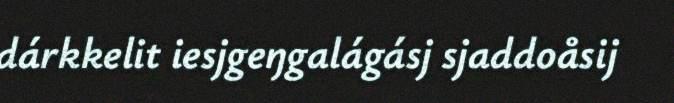
dárkkelit iesjgeŋgalágásj sjaddoåsij